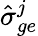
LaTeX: \hat{\sigma}_{ge}^{j}